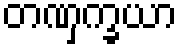
တဏှက္ခယာ